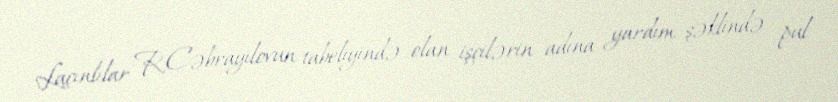
Laçınlılar R.Cəbrayılovun tabeliyində olan işçilərin adına yardım şəklində pul